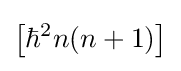
\left[\hbar ^{2}n(n+1)\right]